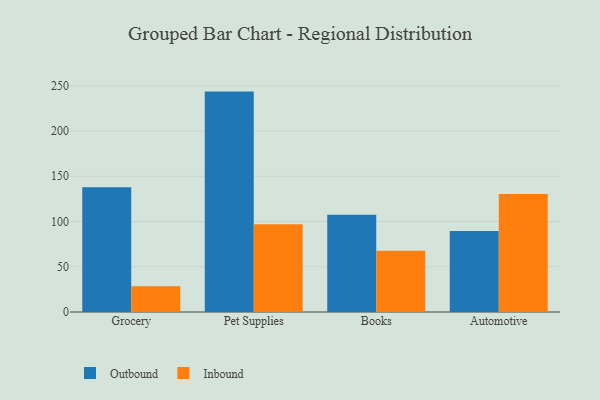
{"axis": {"x": "Category", "y": "Humidity (%)"}, "legend": ["Inbound", "Outbound"], "data": [{"x": "Grocery", "y": 138.0, "type": "Outbound"}, {"x": "Grocery", "y": 28.4, "type": "Inbound"}, {"x": "Pet Supplies", "y": 243.6, "type": "Outbound"}, {"x": "Pet Supplies", "y": 97.0, "type": "Inbound"}, {"x": "Books", "y": 107.6, "type": "Outbound"}, {"x": "Books", "y": 67.8, "type": "Inbound"}, {"x": "Automotive", "y": 89.5, "type": "Outbound"}, {"x": "Automotive", "y": 130.3, "type": "Inbound"}]}